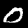
Label: 0